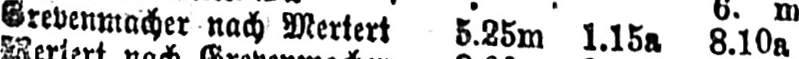
Grevenmacher nach Mertert 5.25m 1.15a 8.10a